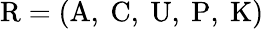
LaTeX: {\mathrm{R}}=({\mathrm{A,~C,~U,~P,~K}})